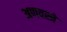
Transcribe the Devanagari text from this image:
अणवस्त्रे